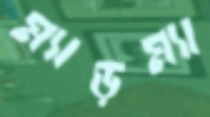
ম্যাড়ম্যা